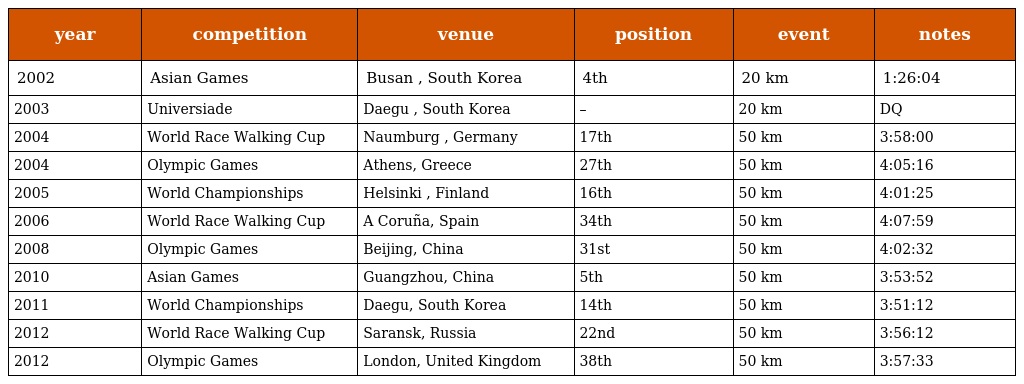
| year | competition | venue | position | event | notes |
 | --- | --- | --- | --- | --- | --- |
 | 2002 | Asian Games | Busan , South Korea | 4th | 20 km | 1:26:04 |
 | 2003 | Universiade | Daegu , South Korea | – | 20 km | DQ |
 | 2004 | World Race Walking Cup | Naumburg , Germany | 17th | 50 km | 3:58:00 |
 | 2004 | Olympic Games | Athens, Greece | 27th | 50 km | 4:05:16 |
 | 2005 | World Championships | Helsinki , Finland | 16th | 50 km | 4:01:25 |
 | 2006 | World Race Walking Cup | A Coruña, Spain | 34th | 50 km | 4:07:59 |
 | 2008 | Olympic Games | Beijing, China | 31st | 50 km | 4:02:32 |
 | 2010 | Asian Games | Guangzhou, China | 5th | 50 km | 3:53:52 |
 | 2011 | World Championships | Daegu, South Korea | 14th | 50 km | 3:51:12 |
 | 2012 | World Race Walking Cup | Saransk, Russia | 22nd | 50 km | 3:56:12 |
 | 2012 | Olympic Games | London, United Kingdom | 38th | 50 km | 3:57:33 |